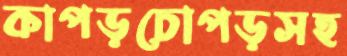
কাপড়চোপড়সহ